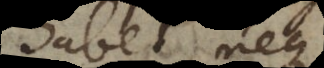
habet, neque